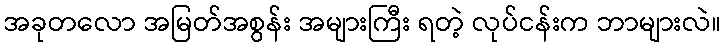
အခုတလော အမြတ်အစွန်း အများကြီး ရတဲ့ လုပ်ငန်းက ဘာများလဲ။